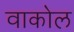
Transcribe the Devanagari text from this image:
वाकोल